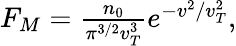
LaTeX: \begin{array}{r}{F_{M}=\frac{n_{0}}{\pi^{3/2}v_{T}^{3}}e^{-v^{2}/v_{T}^{2}},}\end{array}